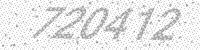
Solution: 720412